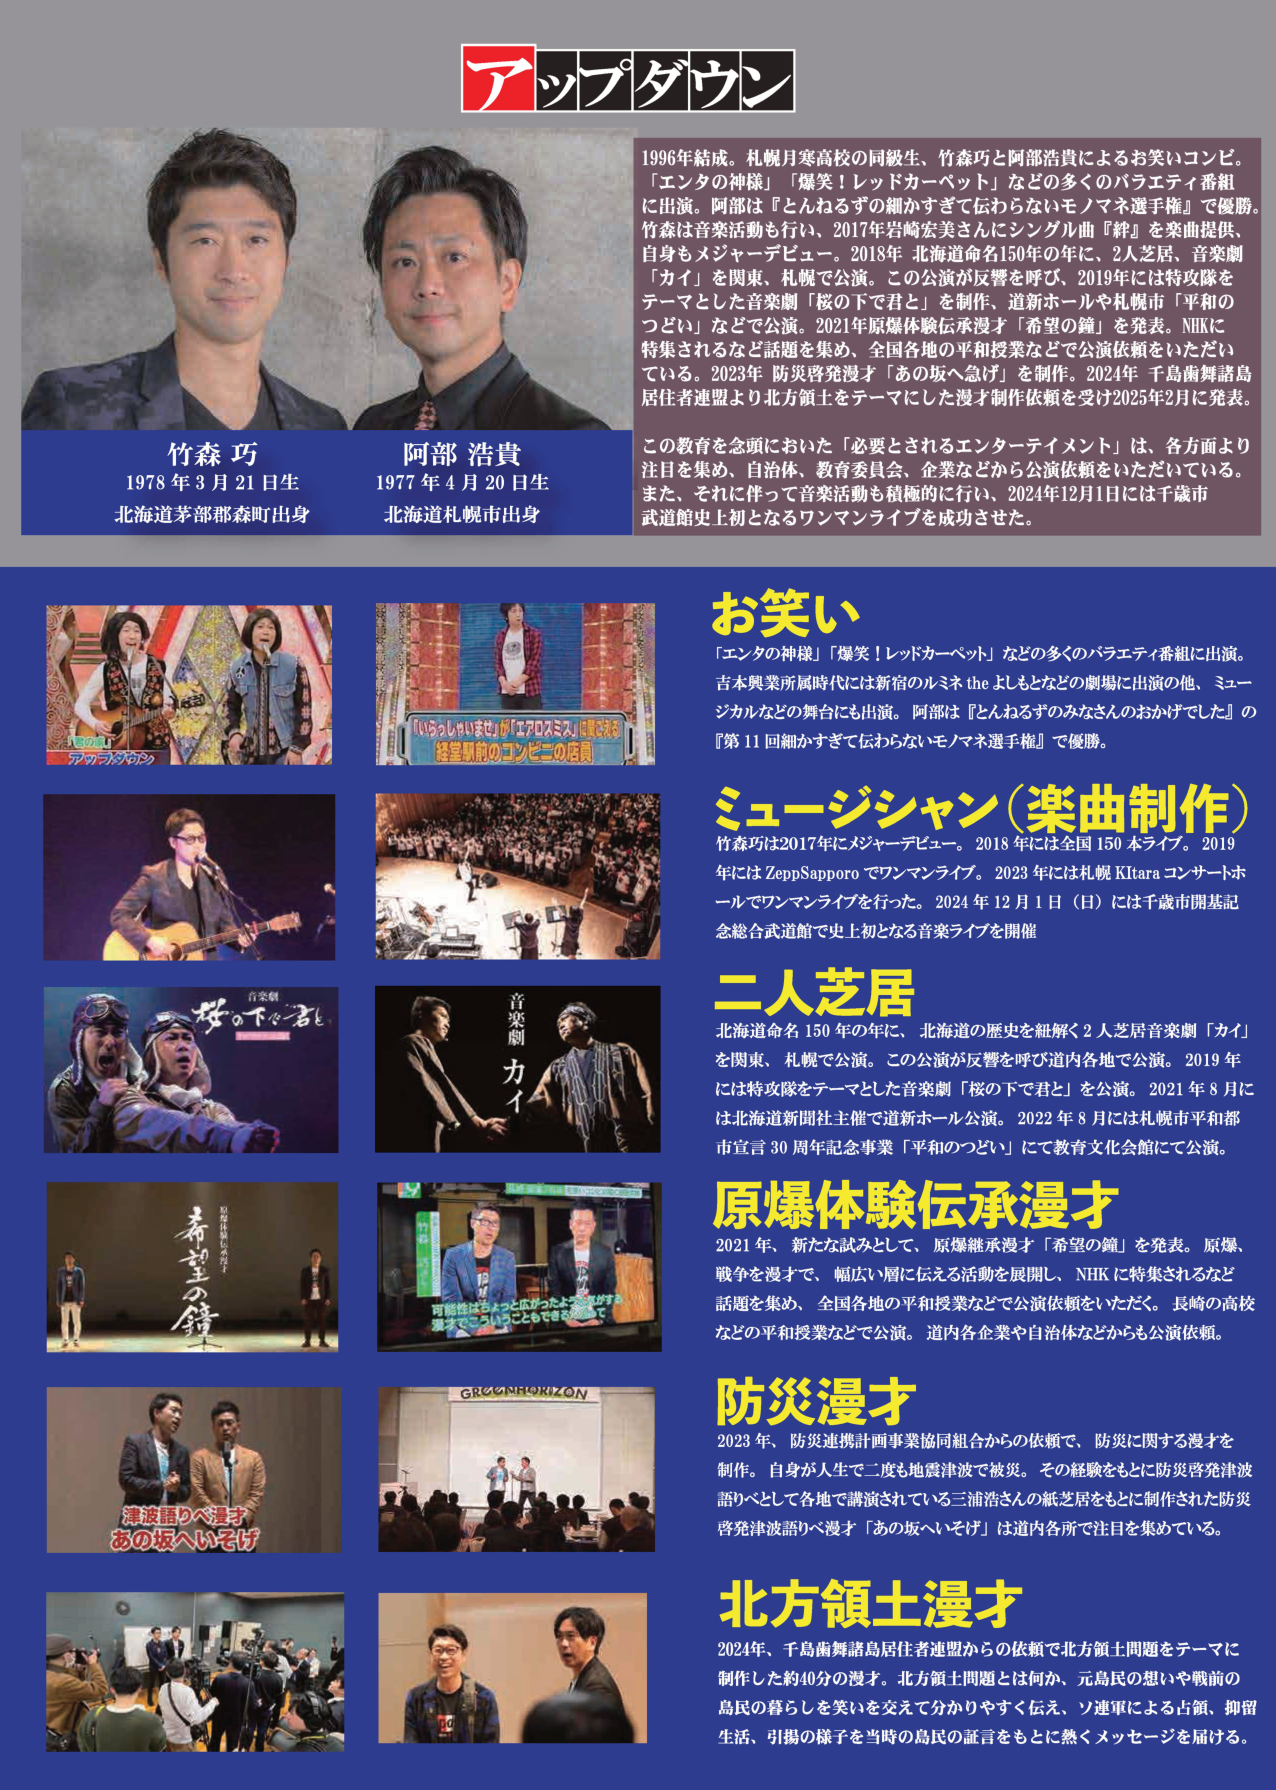
アップダウン

1996年結成。札幌月寒高校の同級生、竹森巧と阿部浩貴によるお笑いコンビ。
「エンタの神様」「爆笑！レッドカーペット」などの多くのバラエティ番組に出演。阿部は『とんねるずの細かすぎて伝わらないモノマネ選手権』で優勝。
竹森は音楽活動も行い、2017年原崎宏美さんにシングル曲『絆』を楽曲提供、自身もメジャーデビュー。2018年 北海道命名150年に、2人芝居、音楽劇「カイ」を関東、札幌で公演。この公演が反響を呼び、2019年には特攻隊をテーマとした音楽劇「桜の下で君と」を制作、道新ホールや札幌市「平和のつどい」などで公演。2021年原爆体験伝承漫才「希望の鐘」を発表。NHKに特集されるなど話題を集め、全国各地の平和授業などで公演依頼をいただいている。2023年 防災啓発漫才「あの坂へ急げ」を制作。2024年 千島舞踏諸島居住者連盟より北方領土をテーマにした漫才制作依頼を受け2025年2月に発表。

この教育を念頭においた「必要とされるエンターテイメント」は、各方面より注目を集め、自治体、教育委員会、企業などから公演依頼をいただいている。また、それに伴って音楽活動も積極的に行い、2024年12月1日には千歳市武道館史上初となるワンマンライブを成功させた。

竹森 巧
1978年3月21日生
北海道茅部郡森町出身

阿部 浩貴
1977年4月20日生
北海道札幌市出身

お笑い
「エンタの神様」「爆笑！レッドカーペット」などの多くのバラエティ番組に出演。
吉本興業所属時代には新宿のルミネ the よしもとなどの劇場に出演の他、ミュージカルなどの舞台にも出演。阿部は『とんねるずのみなさんのおかげでした』の『第11回細かすぎて伝わらないモノマネ選手権』で優勝。

ミュージシャン（楽曲制作）
竹森巧は2017年にメジャーデビュー。2018年には全国150本ライブ。2019年にはZepp Sapporoでワンマンライブ。2023年には札幌Kitaraコンサートホールでワンマンライブを行った。2024年12月1日（日）には千歳市開基記念総合武道館で史上初となる音楽ライブを開催

二人芝居
北海道命名150年の年に、北海道の歴史を紐解く2人芝居音楽劇「カイ」を関東、札幌で公演。この公演が反響を呼び道内各地で公演。2019年には特攻隊をテーマとした音楽劇「桜の下で君と」を公演。2021年8月には北海道新聞社主催で道新ホール公演。2022年8月には札幌市平和都市宣言30周年記念事業「平和のつどい」にて教育文化会館にて公演。

原爆体験伝承漫才
2021年、新たな試みとして、原爆継承漫才「希望の鐘」を発表。原爆、戦争を漫才で、幅広い層に伝える活動を展開し、NHKに特集されるなど話題を集め、全国各地の平和授業などで公演依頼をいただく。長崎の高校などの平和授業などで公演。道内各企業や自治体などからも公演依頼。

防災漫才
2023年、防災連携計画事業協同組合からの依頼で、防災に関する漫才を制作。自身が人生で二度も地震津波で被災。その経験をもとに防災啓発津波語りべとして各地で講演されている三浦浩さんの紙芝居をもとに制作された防災啓発津波語りべ漫才「あの坂へいそげ」は道内各所で注目を集めている。

北方領土漫才
2024年、千島舞踏諸島居住者連盟からの依頼で北方領土問題をテーマに制作した約40分の漫才。北方領土問題とは何か、元島民の想いや戦前の島民の暮らしを笑いを交えて分かりやすく伝え、ソ連軍による占領、抑留生活、引揚の様子を当時の島民の証言をもとに熱くメッセージを届ける。

（写真キャプション）
「エンタの神様」
アップダウン

「いっしょにいきましょう！エフエムドット北海道」
終電駅前のコンビニの店員

音楽劇
桜の下で君と

音楽劇
カイ

希望の鐘
原爆体験伝承漫才

可能性はちょっと広がったような気がする
変えてこうということでもできるから

津波語りべ漫才
あの坂へいそげ

GREEN HORIZON

（写真下部のテキスト）
（写真内に「GREEN HORIZON」という文字が見える）